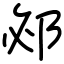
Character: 邲